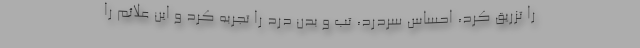
را تزریق کرد، احساس سردرد، تب و بدن درد را تجربه کرد و این علائم را